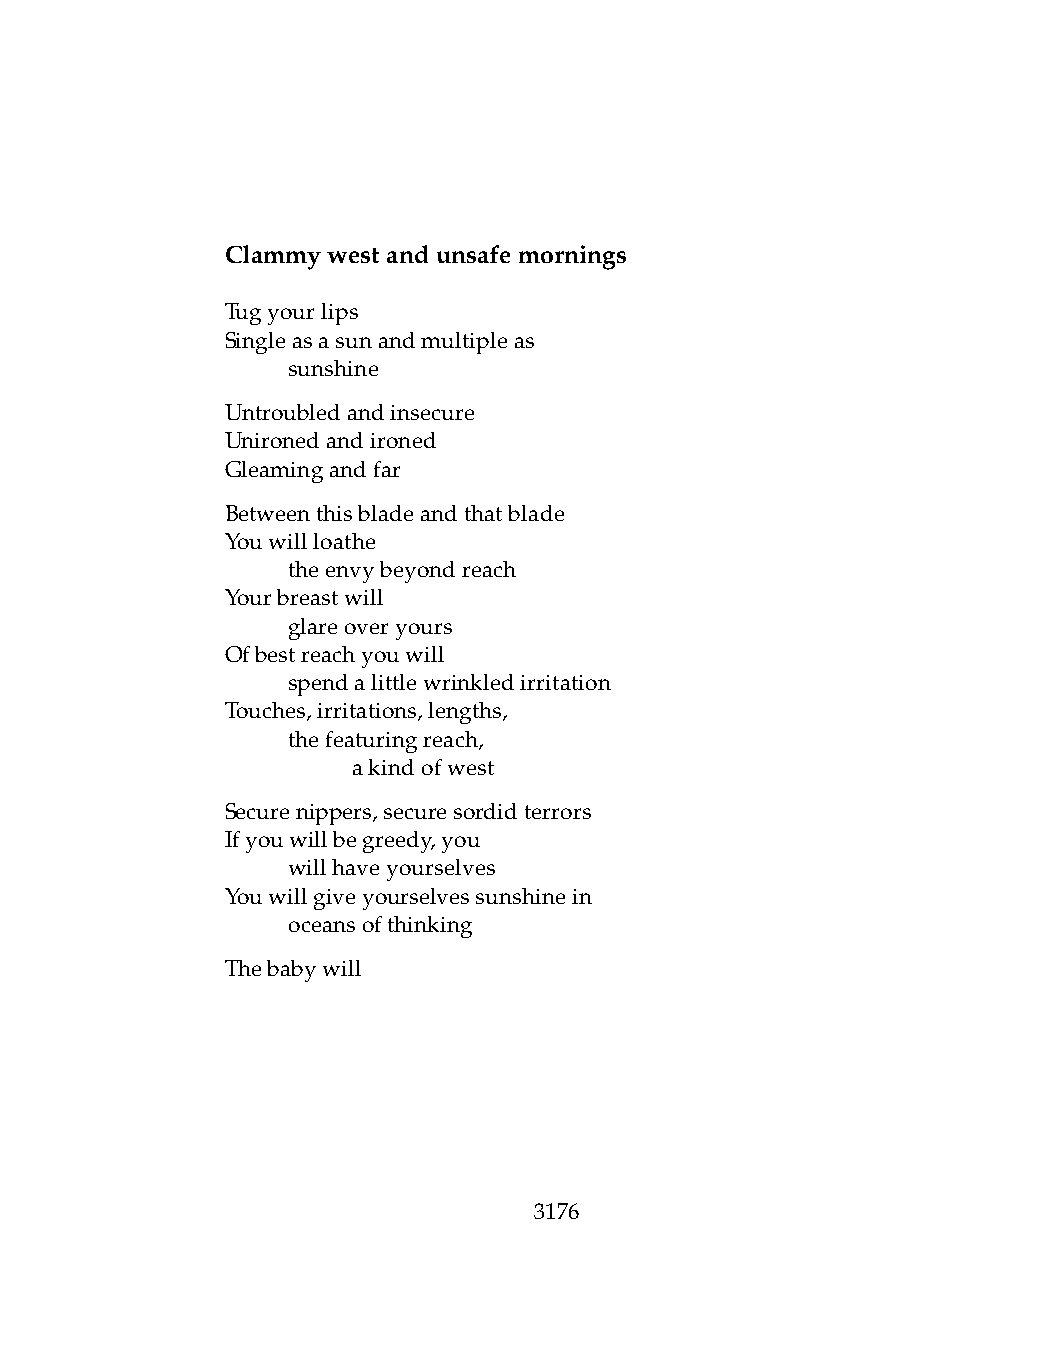
Clammywestandunsafemornings
 Tugyourlips
 Singleasasunandmultipleas
 .   sunshine
 Untroubledandinsecure
 Unironedandironed
 Gleamingandfar
 Betweenthisbladeandthatblade
 Youwillloathe
 .   theenvybeyondreach
 Yourbreastwill
 .   glareoveryours
 Ofbestreachyouwill
 .   spendalittlewrinkledirritation
 Touches,irritations,lengths,
 .   thefeaturingreach,
 .   .   akindofwest
 Securenippers,securesordidterrors
 Ifyouwillbegreedy,you
 .   willhaveyourselves
 Youwillgiveyourselvessunshinein
 .   oceansofthinking
 Thebabywill
 3176